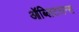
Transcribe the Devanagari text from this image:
ऑब्लिटरान्स